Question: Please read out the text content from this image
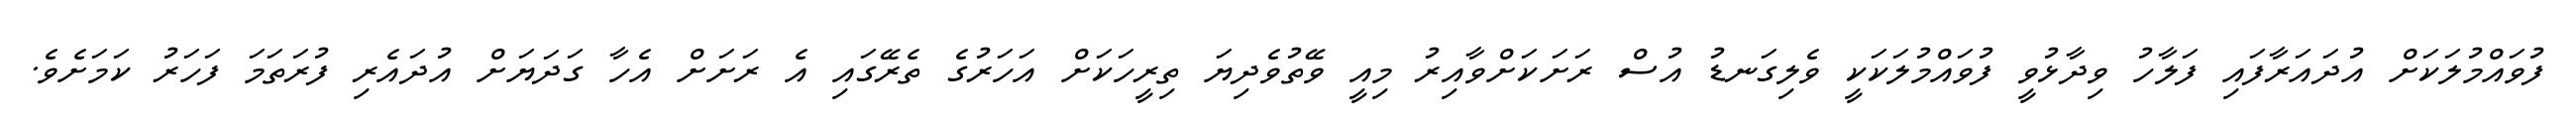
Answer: ފުވައްމުލަކަށް އުދައަރާފައި ފަލާހު ވިދާޅުވީ ފުވައްމުލަކަކީ ވެލިގަނޑު އުސް ރަށަކަށްވާއިރު މިއީ ވޭތުވެދިޔަ ތިރީހަކަށް އަހަރުގެ ތެރޭގައި އެ ރަށަށް އެހާ ގަދަޔަށް އުދައެރި ފުރަތަމަ ފަހަރު ކަމަށެވެ.